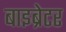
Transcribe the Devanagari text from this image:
बाइब्रेटर